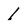
Character: l